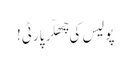
پولیس کی چِھلّر پارٹی!